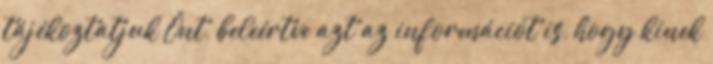
tájékoztatjuk Önt, beleértve azt az információt is, hogy kinek